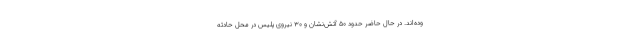
وده‌اند. در حال حاضر حدود ۵۰ آتش‌نشان و ۳۰ نیروی پلیس در محل حادثه